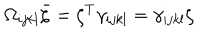
\Omega _ { i j k l } \bar { \zeta } = \zeta ^ { T } \gamma _ { i j k l } = \gamma _ { i j k l } \zeta